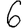
Digit: 6